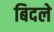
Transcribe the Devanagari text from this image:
बिदले